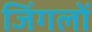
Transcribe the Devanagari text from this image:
जिंगलों